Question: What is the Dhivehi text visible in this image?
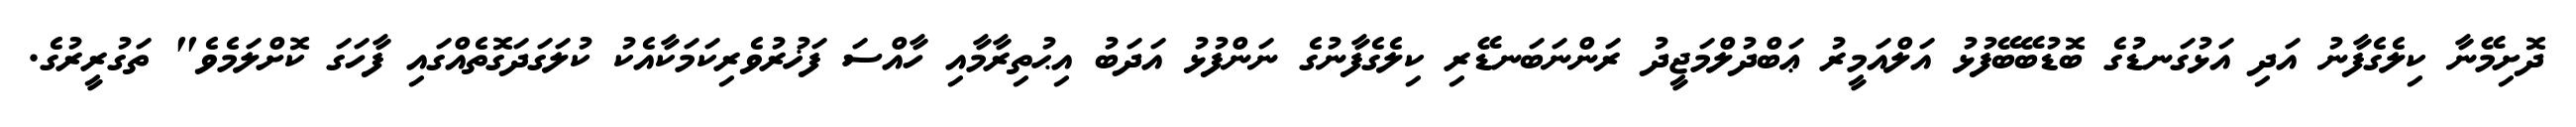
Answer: ދޮށިމޭނާ ކިލެގެފާނު އަދި އަޅުގަނޑުގެ ބޮޑުބޭބޭފުޅު އަލްއަމީރު ޢަބްދުލްމަޖީދު ރަންނަބަނޑޭރި ކިލެގެފާނުގެ ނަންފުޅު އަދަބު އިޙުތިރާމާއި ހާއްސަ ފަޚުރުވެރިކަމަކާއެކު ކުލަގަދަގޮތެއްގައި ފާހަގަ ކޮށްލަމެވެ" ތަގުރީރުގެ.